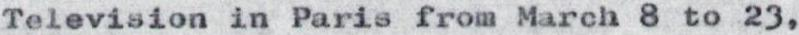
Television in Paris from March 8 to 23,